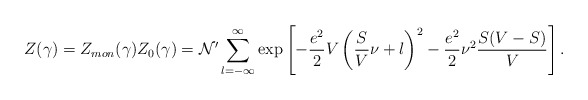
\begin{align*}Z(\gamma) = Z_{mon}(\gamma) Z_{0}(\gamma) = {\cal N}' \sum_{l=-\infty}^{\infty} \exp \left[ - \frac{e^{2}}{2} V \left( \frac{S}{V}\nu + l \right)^{2} - \frac{e^{2}}{2}\nu^2 \frac{S(V-S)}{V} \right].\end{align*}